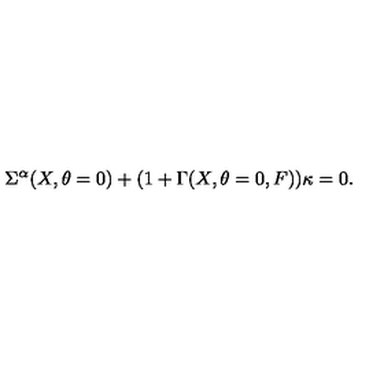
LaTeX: \Sigma ^ { \alpha } ( X , \theta = 0 ) + ( 1 + \Gamma ( X , \theta = 0 , F ) ) \kappa = 0 .